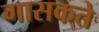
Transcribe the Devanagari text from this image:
गासकते